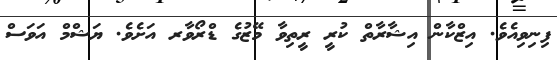
ފިނިވިއެވެ. އިޒްކާން އިޝާރާތް ކުރީ ރީތިވާ މޭޒުގެ ޑްރޯވާރ އަށެވެ. ޔަޝްމް އަވަސް